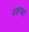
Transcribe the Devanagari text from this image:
वशच्या